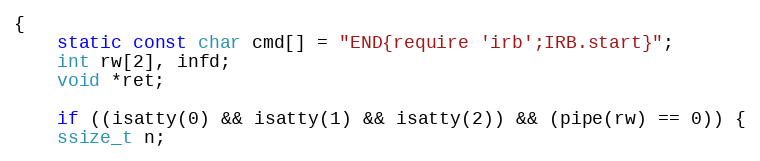
Language: C
{
    static const char cmd[] = "END{require 'irb';IRB.start}";
    int rw[2], infd;
    void *ret;

    if ((isatty(0) && isatty(1) && isatty(2)) && (pipe(rw) == 0)) {
	ssize_t n;